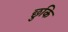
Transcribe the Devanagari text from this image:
छुकि